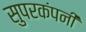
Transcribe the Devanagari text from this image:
सुपरकंपनी